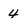
Character: 4